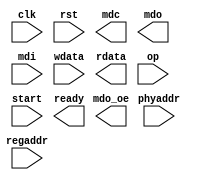
module mdio_shift(
	input	clk,
	input	rst,

	output	mdc,
	output	mdo,
	input	mdi,
	output	mdo_oe,

	input	[4:0] phyaddr,
	input	[4:0] regaddr,
	input	[15:0] wdata,
	output	[15:0] rdata,
	input	[1:0] op,
	input	start,
	output	ready
);
parameter PRESCALE=16;

reg [7:0] clk_div;
reg [5:0] bit_cnt;

always @(posedge clk)
begin
	if(shift_en) begin
		if(clk_div==PRESCALE-1)
			clk_div <= 'b0;
		else
			clk_div <= clk_div+1;
	end
	else begin
		clk_div <= 'b0;
	end
end

always @(posedge clk)
begin
	if(shift_en) begin
		if(clk_div == PRESCALE-2)
			bit_cnt <= bit_cnt+1;
	end
	else begin
		bit_cnt <= 'b0;
	end
end

always @(posedge clk)
begin
end

endmodule